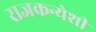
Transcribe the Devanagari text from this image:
राजकन्येशीं